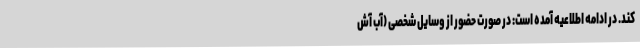
کند. در ادامه اطلاعیه آمده است: در صورت حضور از وسایل شخصی (آب آش